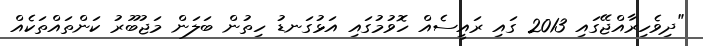
"ދިވެހިރާއްޖޭގައި 2013 ގައި ރައީސެއް ހޮވުމުގައި އަޅުގަނޑު ހިތުން ބަލަން މަޖުބޫރު ކަންތައްތަކެއް